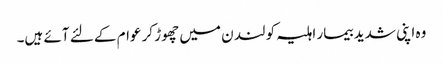
وہ اپنی شدید بیمار اہلیہ کو لند ن میں چھوڑ کر عوام کے لئے آئے ہیں۔